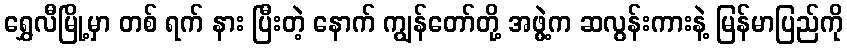
ရွှေလီမြို့မှာ တစ် ရက် နား ပြီးတဲ့ နောက် ကျွန်တော်တို့ အဖွဲ့က ဆလွန်းကားနဲ့ မြန်မာပြည်ကို